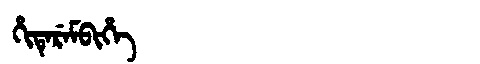
Manchu: ᡥᡳᡨᡝᡵᡝᠮᠪᡳᡥᡝ
Romanization: HITEREMBIHE